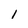
Character: 1